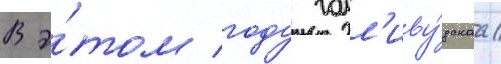
В э́том году голл'иву́дскаа